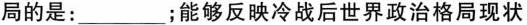
局的是：___；能够反映冷战后世界政治格局现状